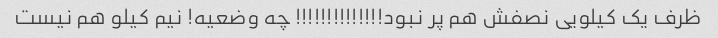
ظرف یک کیلویی نصفش هم پر نبود!!!!!!!!!!!!!! چه وضعیه! نیم کیلو هم نیست